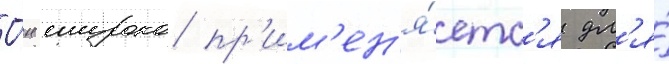
О́н широко пр'им'ен'я́етс'я дл'я́